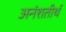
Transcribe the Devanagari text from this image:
अनंशतीर्थ